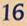
16